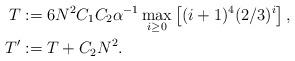
LaTeX: \begin{align*}T&:=6 N^2 C_1 C_2 \alpha^{-1} \max_{i\ge 0}\left[ (i+1)^4(2/3)^i\right],\\T'&:=T+C_2N^2.\end{align*}